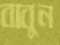
বাবুন